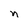
Character: n